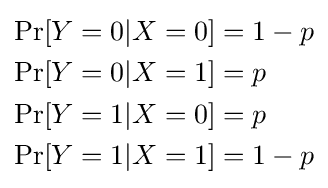
{\begin{aligned}\operatorname {Pr} [Y=0|X=0]&=1-p\\\operatorname {Pr} [Y=0|X=1]&=p\\\operatorname {Pr} [Y=1|X=0]&=p\\\operatorname {Pr} [Y=1|X=1]&=1-p\end{aligned}}